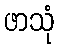
ဖာသုံ